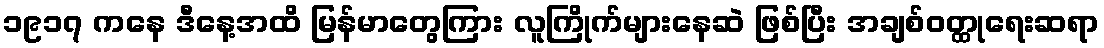
၁၉၁၇ ကနေ ဒီနေ့အထိ မြန်မာတွေကြား လူကြိုက်များနေဆဲ ဖြစ်ပြီး အချစ်ဝတ္ထုရေးဆရာ